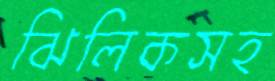
ঝিলিকসহ